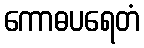
ကောဓပရေတံ